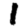
Digit: 1